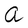
Character: a